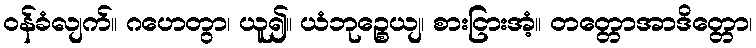
ဝန်ခံလျက်။ ဂဟေတွာ၊ ယူ၍။ ယံဘုဉ္စေယျ၊ စားငြားအံ့။ တတ္တောအာဒိတ္တော၊